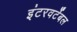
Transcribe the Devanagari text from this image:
इंटरवर्टेबल